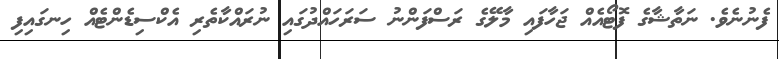
ފެނުނެވެ. ނަތާޝާގެ ފޮޓޯއެއް ޖަހާފައި މާލޭގެ ރަސްފަންނު ސަރަހައްދުގައި ނުރައްކާތެރި އެކްސިޑެންޓެއް ހިނގައިފި